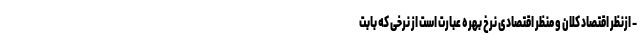
- ازنظر اقتصاد کلان و منظر اقتصادی نرخ بهره عبارت است از نرخی که بابت